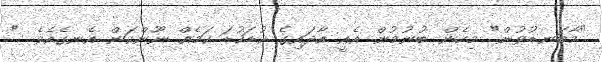
"މާބަނޑުވުން" މިހެން ބުނުމުން އެއީ އާދައިގެ ކުޑަކުޑަ ކަމެއް ނޫންކަން އެނގެއެވެ. "